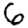
Digit: 6